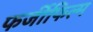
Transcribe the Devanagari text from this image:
फर्जीफिल्म